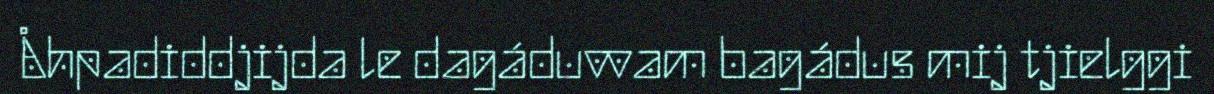
Åhpadiddjijda le dagáduvvam bagádus mij tjielggi